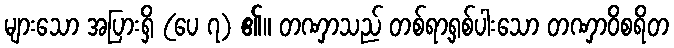
များသော အပြားရှိ (ပေ ၇) ၏။ တဏှာသည် တစ်ရာ့ရှစ်ပါးသော တဏှာဝိစရိတ